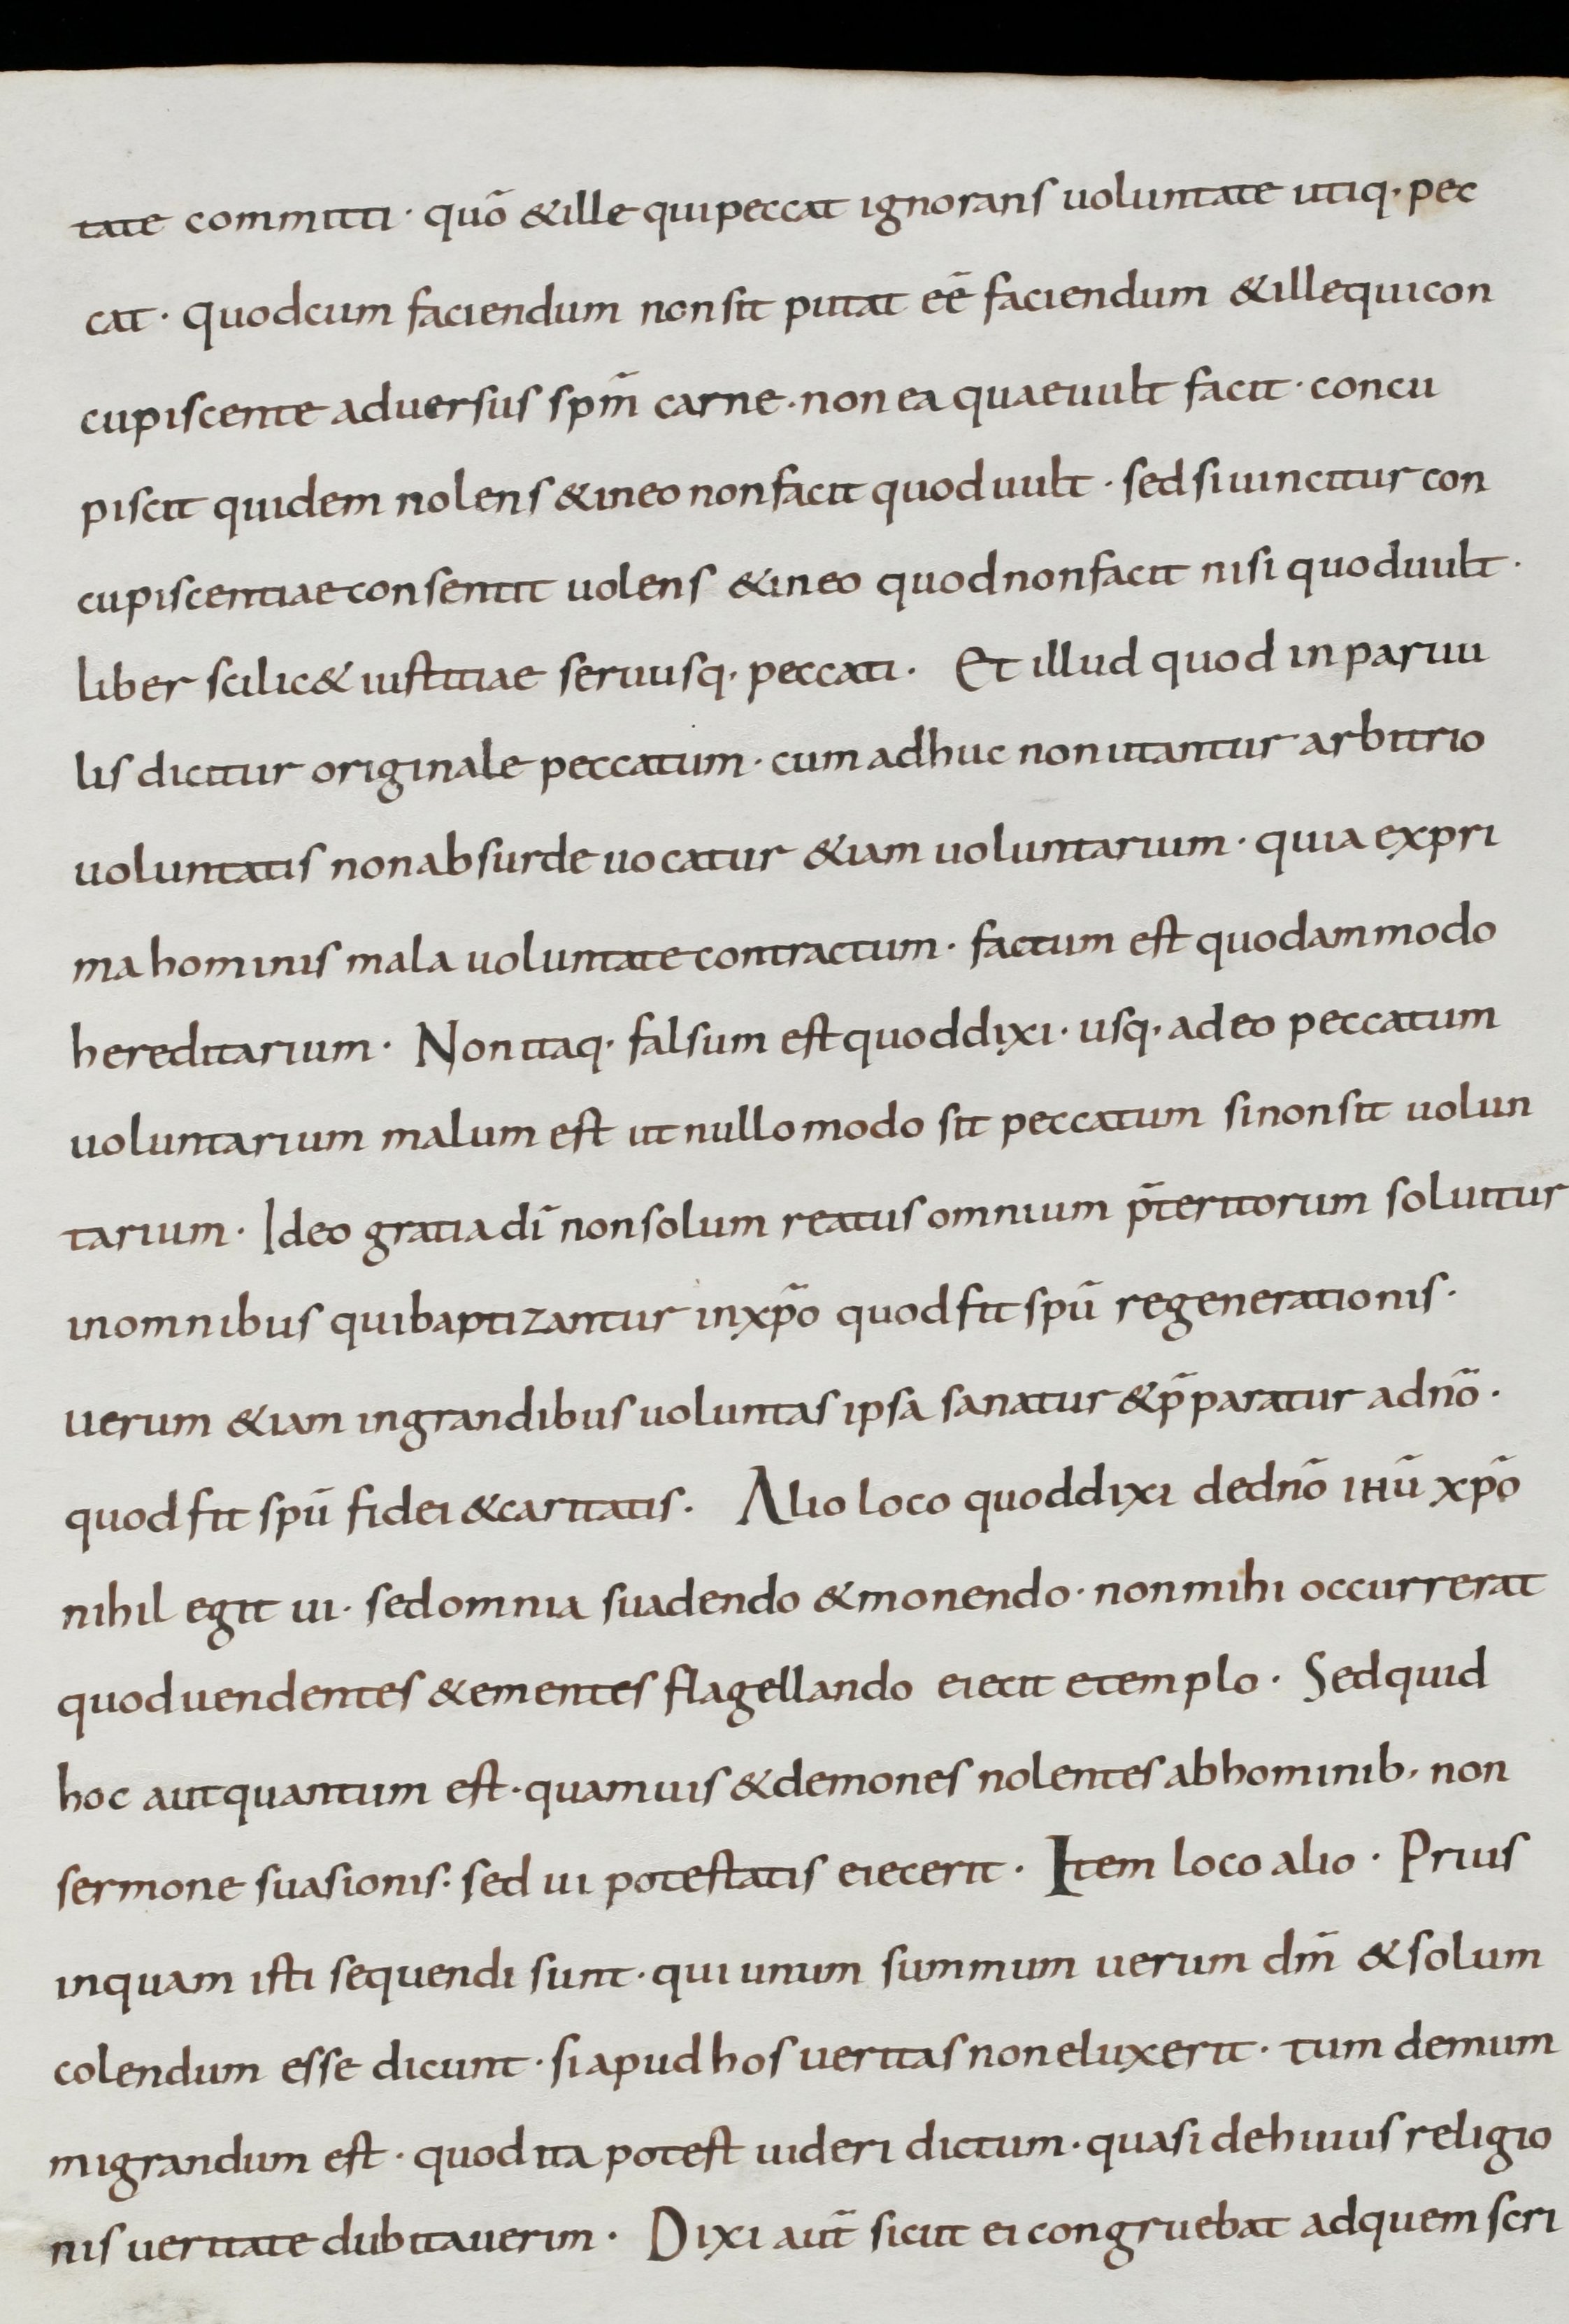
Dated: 800–899